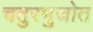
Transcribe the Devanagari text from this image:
चतुरभुजोत